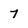
Character: 7